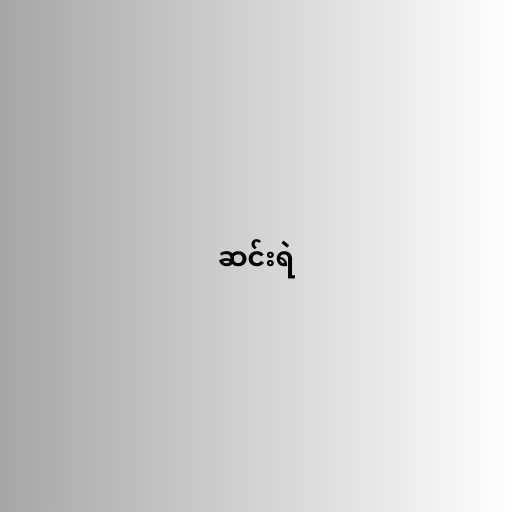
ဆင်းရဲ